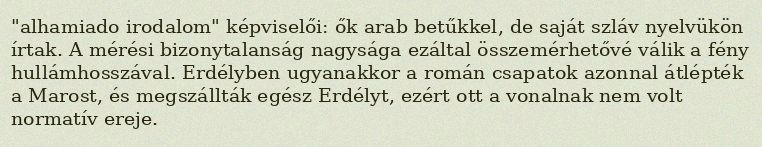
"alhamiado irodalom" képviselői: ők arab betűkkel, de saját szláv nyelvükön írtak. A mérési bizonytalanság nagysága ezáltal összemérhetővé válik a fény hullámhosszával. Erdélyben ugyanakkor a román csapatok azonnal átlépték a Marost, és megszállták egész Erdélyt, ezért ott a vonalnak nem volt normatív ereje.